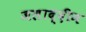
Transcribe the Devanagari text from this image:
जलाद्दीन